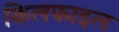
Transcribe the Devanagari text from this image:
किलफाइल